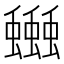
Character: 𧔗